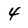
Character: 4